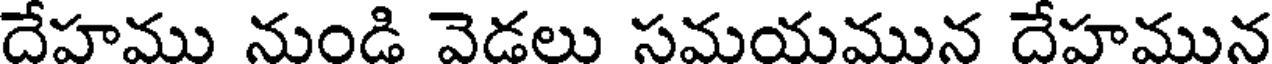
దేహము నుండి వెడలు సమయమున దేహమున